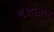
નરવાનર